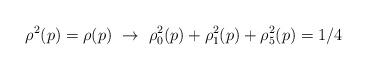
LaTeX: \begin{align*}\rho^2(p)=\rho(p) \ \rightarrow \ \rho_0^2(p)+\rho_1^2(p)+\rho_5^2(p)=1/4\end{align*}